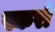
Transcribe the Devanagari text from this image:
स्करो